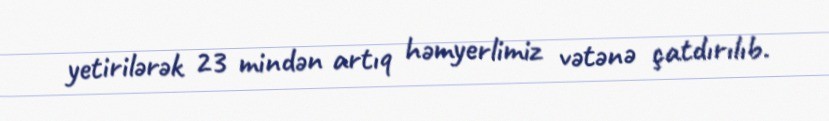
yetirilərək 23 mindən artıq həmyerlimiz vətənə çatdırılıb.